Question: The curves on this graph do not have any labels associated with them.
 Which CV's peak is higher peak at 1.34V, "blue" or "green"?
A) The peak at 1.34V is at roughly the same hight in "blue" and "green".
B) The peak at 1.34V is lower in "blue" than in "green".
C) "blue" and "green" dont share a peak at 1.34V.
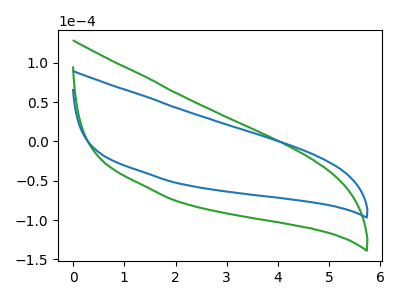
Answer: <think>The green curve "green" has no peaks. The blue curve "blue" has no peaks.</think>
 <answer>C) "blue" and "green" dont share a peak at 1.34V.</answer>
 <eval>C</eval>